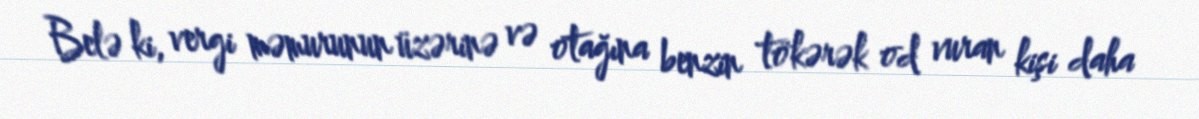
Belə ki, vergi məmurunun üzərinə və otağına benzin tökərək od vuran kişi daha